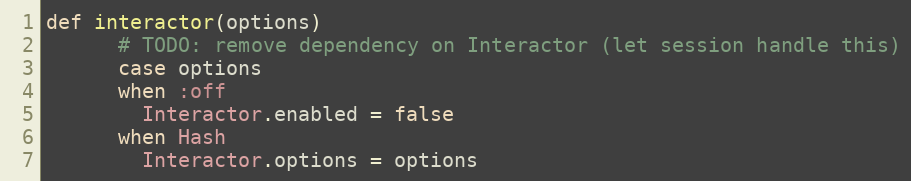
Language: Ruby
def interactor(options)
      # TODO: remove dependency on Interactor (let session handle this)
      case options
      when :off
        Interactor.enabled = false
      when Hash
        Interactor.options = options